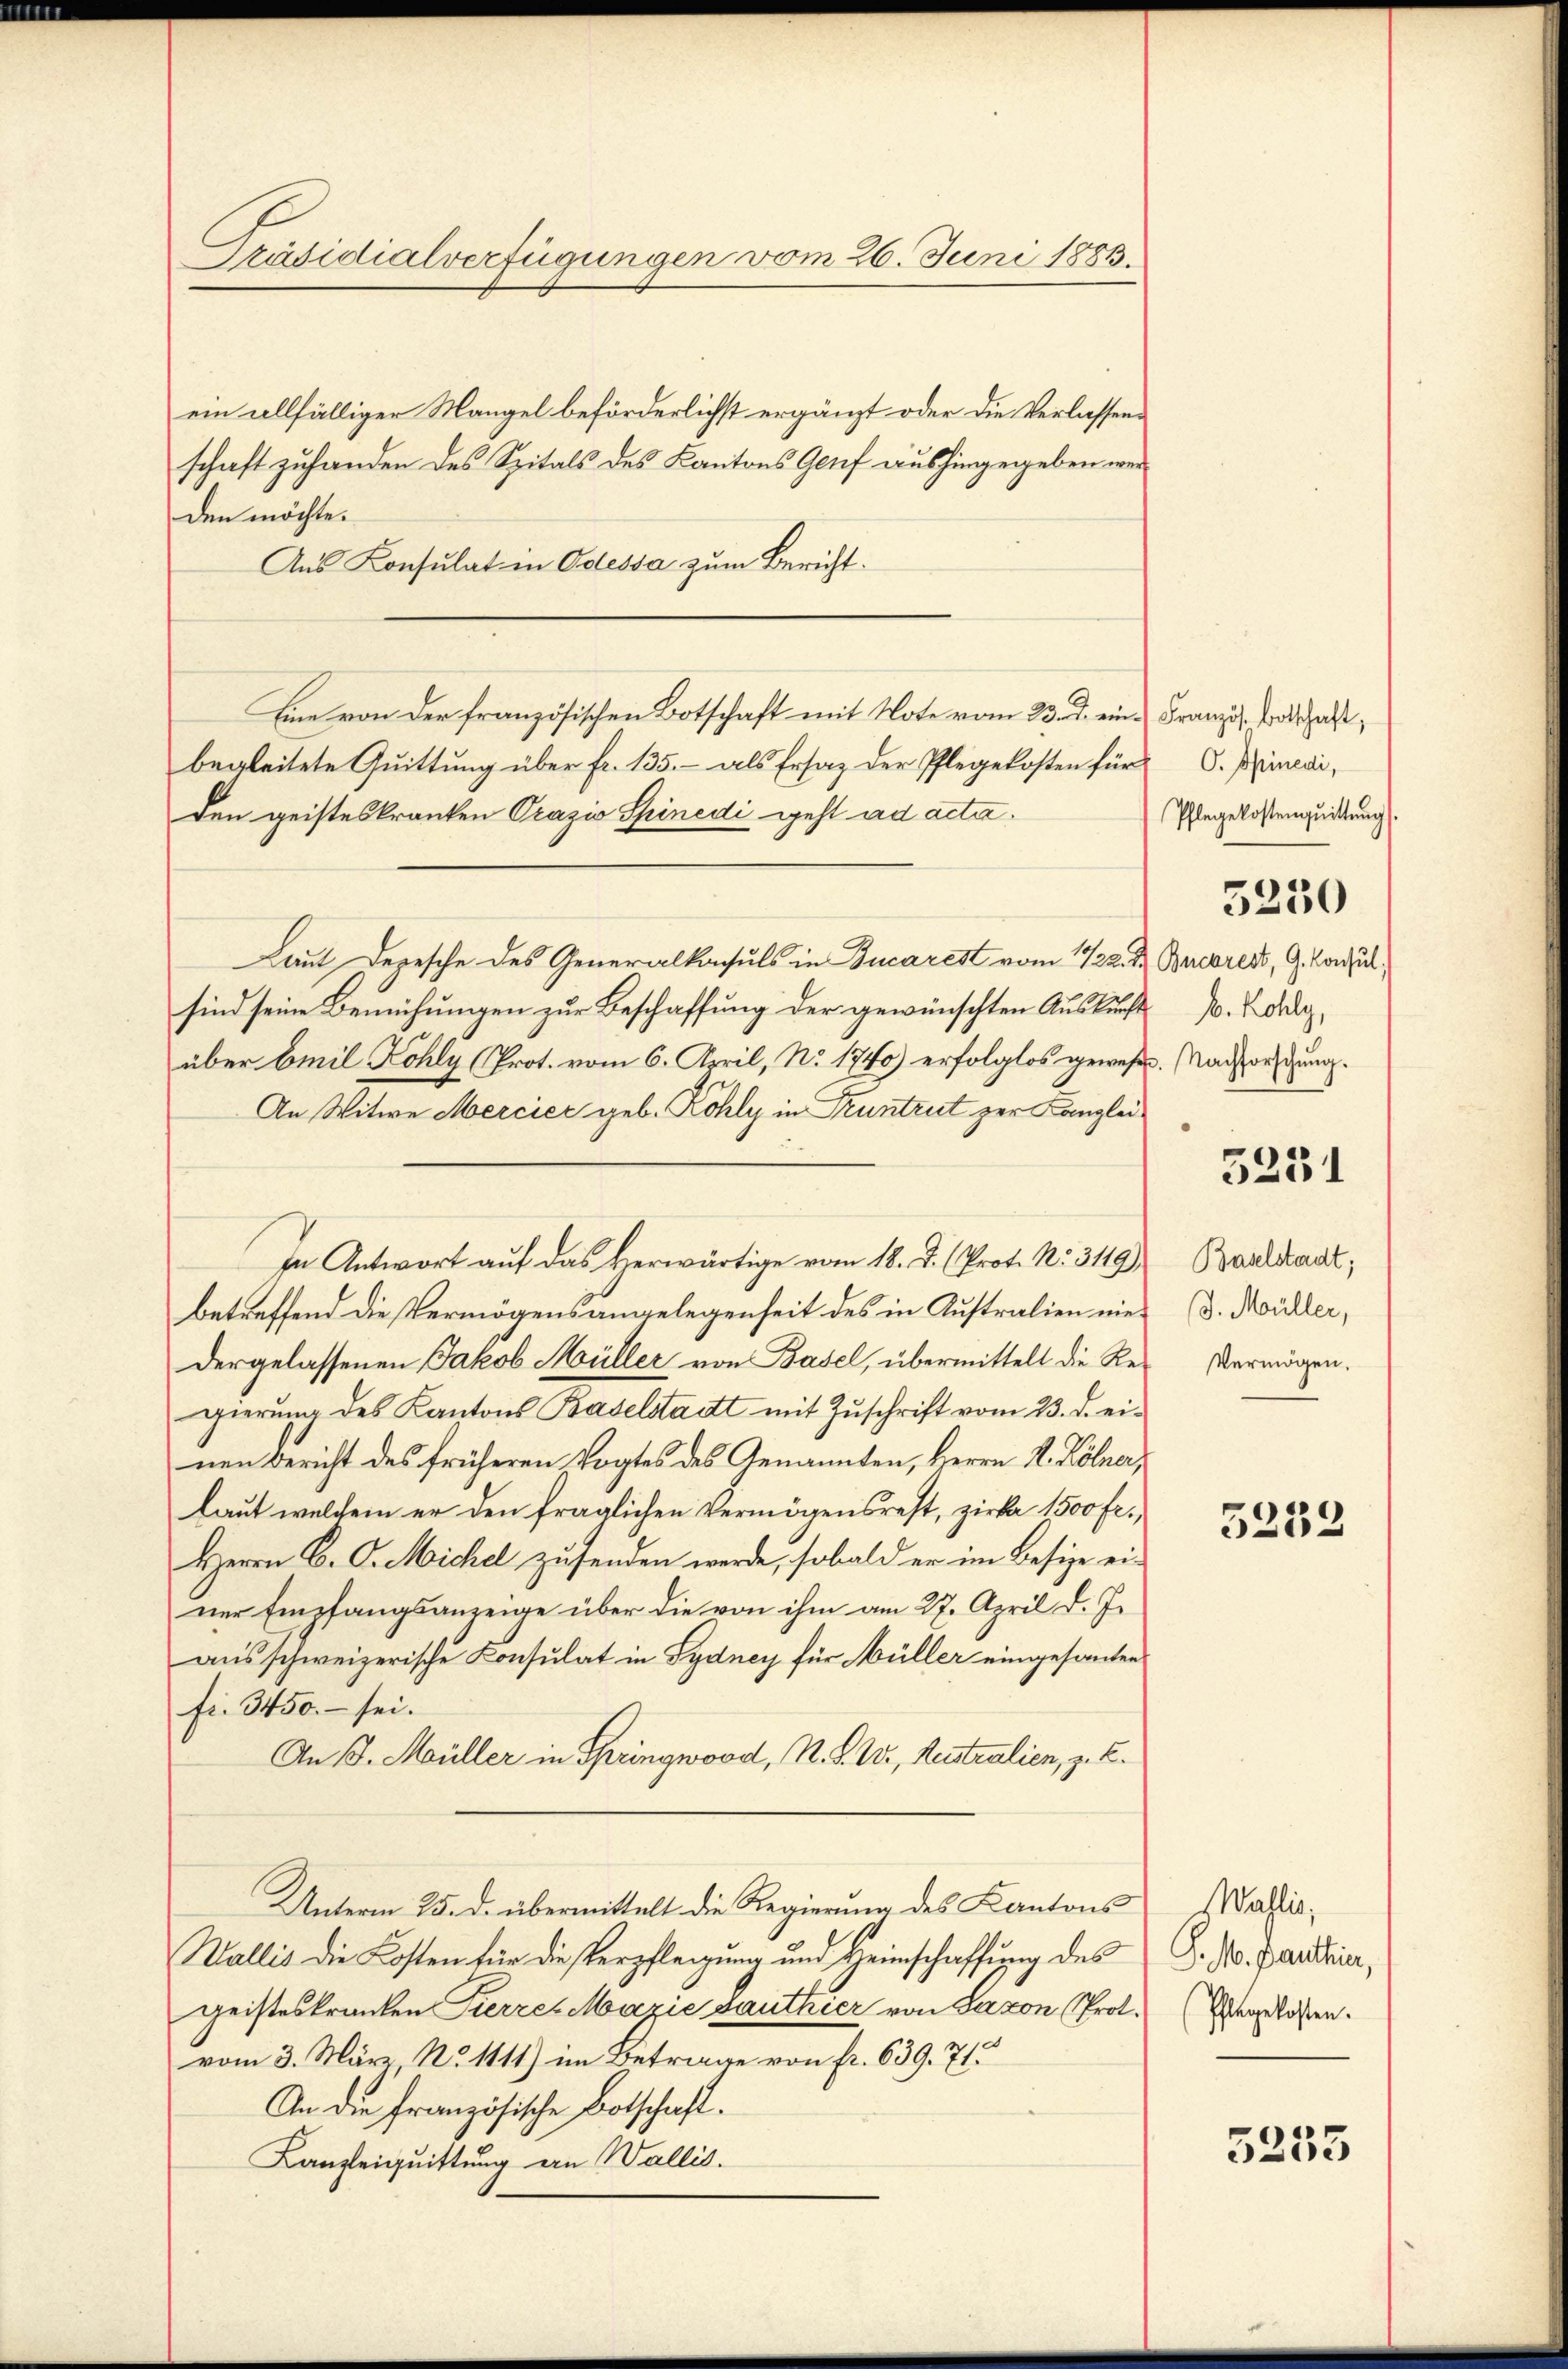
Präsidialverfügungen vom 26. Juni 1883.

ein allfälliger Mangel beförderlichst ergänzt oder die Verlassenschaft zuhanden des Spitals des Kantons Genf aushingeggeben werden möchte.
Aus Konsulat in Odessa zum Bericht.
Eine von der französischen Botschaft mit Note vom 23. d. ein Französ. Brotschaft,
begleitete Quittung über fr. 135. – als Ersatz der Pflegekosten für
den geisteskranken Prazis Spinedi gest ad acta.
Laut Depesche des Generalkonsuls in Bucarest vom 11/22. d. Bucred, G. Condul
sind seine Bemühungen zur Beschaffung der gewünschten Auskunft
über Emil Kohly (Prot. vom 6. April, No. 1740) erfolglos gewesen. Nachforstung.
An Witwe Mercice geb. Kohly in Kruntrut zur Kanzlei¬
In Antwort auf das Herwärtige vom 18. d. (Prot. N. 3119)
betreffend die Vermögensangelegenheit des in Australien niedergelassenen Jakob Müller von Basel, übermittelt die Regierŭng des Kantons Baselstadtt mit Zŭschrift vom 23. d. ei-
nen Bericht des früheren Vogtes des Genannten, Herrn K. Kölner,
laut welchem er den fraglichen Vermögensrest, zirka 1500 Fr.,
Herrn C. C. Michel zusenden werde, sobald er im Besize ei-
ner Empfangsanzeige über die von ihm am 27. April d. J.
aus schweizerische Konsulat in Sydney für Müller eingesanten
fr. 3450. – sei.
An 13. Müller in Springwood, N. S. W., Neutralien, z. E.
Unterm 25. d. übermittelt die Regierung des Kantons
Wallis die Kosten für die Verpflegung und Heimschaffung des
geisteskranken Fierzes Mazić santhier von Saxon Prot.
vom 3. März No. 1111) im Betrage von fr. 639. 71.
An die Französische Botschaft.
Kanzleiquittung ein Wallis.

O. Spinedi,
Pflegekostenquittung

5250

b. Kohly,

5251

Baselstadt;
J. Müller,
Vermögen.

5239

Wallis,
J. Mo. panthier,
(Pflegekosten.

5253